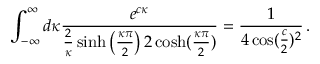
\int _ { - \infty } ^ { \infty } d \kappa \frac { e ^ { c \kappa } } { \frac { 2 } { \kappa } \sinh \left( \frac { \kappa \pi } { 2 } \right) 2 \cosh ( \frac { \kappa \pi } 2 ) } = \frac { 1 } { 4 \cos ( { \frac { c } { 2 } } ) ^ { 2 } } \, .